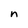
Character: n